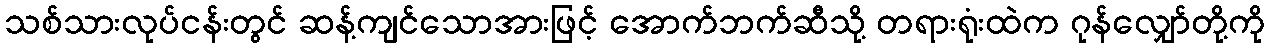
သစ်သားလုပ်ငန်းတွင် ဆန့်ကျင်သောအားဖြင့် အောက်ဘက်ဆီသို့ တရားရုံးထဲက ဂုန်လျှော်တို့ကို